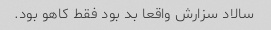
سالاد سزارش واقعا بد بود فقط کاهو بود.